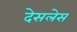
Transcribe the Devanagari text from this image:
देसलेस